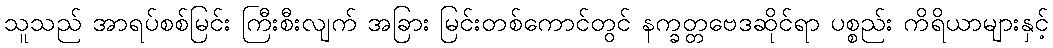
သူသည် အာရပ်စစ်မြင်း ကြီးစီးလျက် အခြား မြင်းတစ်ကောင်တွင် နက္ခတ္တဗေဒဆိုင်ရာ ပစ္စည်း ကိရိယာများနှင့်